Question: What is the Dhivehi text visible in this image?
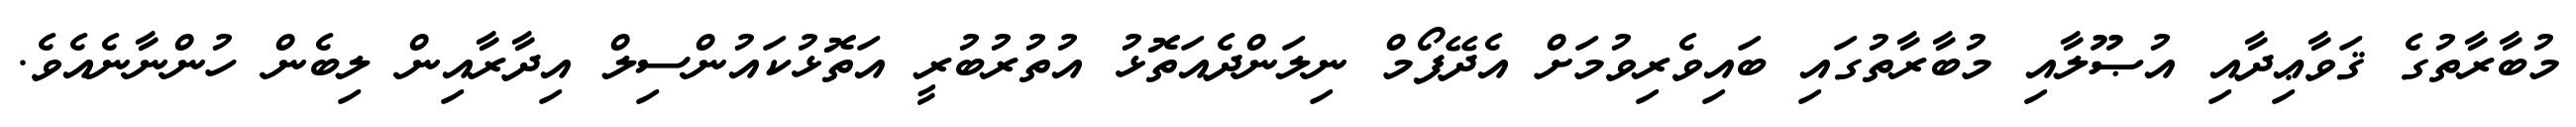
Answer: މުބާރާތުގެ ޤަވާޢިދާއި އުޞޫލާއި މުބާރާތުގައި ބައިވެރިވުމަށް އެދޭފޯމް ނިލަންދެއަތޮޅު އުތުރުބުރީ އަތޮޅުކައުންސިލް އިދާރާއިން ލިބެން ހުންނާނެއެވެ.